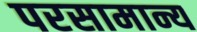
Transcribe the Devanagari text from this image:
परसामान्य